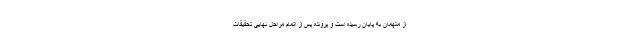
از متهمان به پایان رسیده است و پرونده پس از اتمام مراحل نهایی تحقیقات